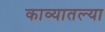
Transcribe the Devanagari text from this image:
काव्यातल्या